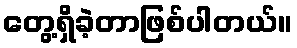
တွေ့ရှိခဲ့တာဖြစ်ပါတယ်။